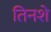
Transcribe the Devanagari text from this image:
तिनशे